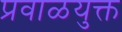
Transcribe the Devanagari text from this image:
प्रवाळयुक्त